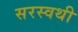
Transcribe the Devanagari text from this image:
सरस्वथी